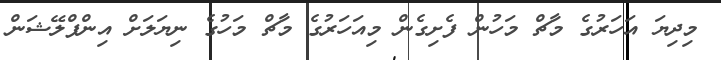
މިދިޔަ އަހަރުގެ މާޗް މަހުން ފެށިގެން މިއަހަރުގެ މާޗް މަހުގެ ނިޔަލަށް އިންފްލޭޝަން